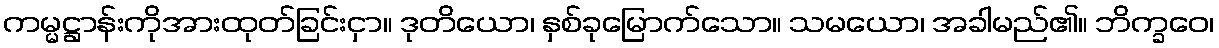
ကမ္မဋ္ဌာန်းကိုအားထုတ်ခြင်းငှာ။ ဒုတိယော၊ နှစ်ခုမြောက်သော။ သမယော၊ အခါမည်၏။ ဘိက္ခဝေ၊